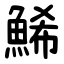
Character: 鯑